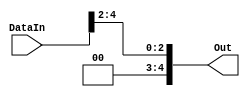
module shift_right_3b(Out, DataIn);
	output [4:0] Out;
	input [4:0] DataIn;
	assign Out[4] = 1'b0;
	assign Out[3] = 1'b0;
	assign Out[2:0] = DataIn[4:2];
endmodule